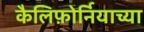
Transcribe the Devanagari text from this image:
कैलिफ़ोर्नियाच्या